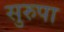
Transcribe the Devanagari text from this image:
सुरुपा